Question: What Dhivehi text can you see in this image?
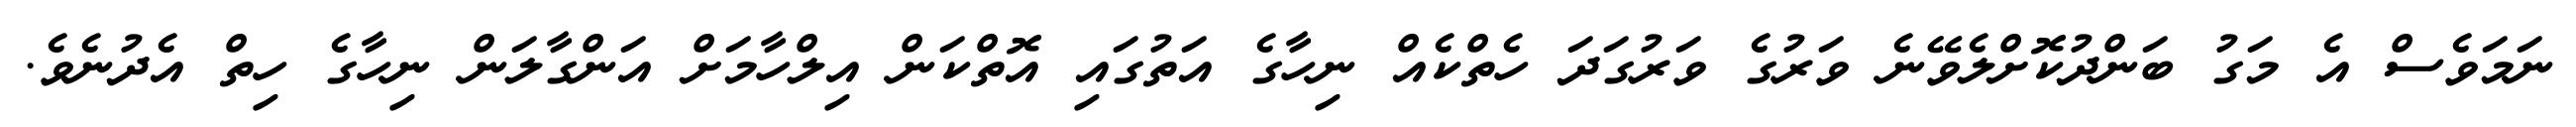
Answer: ނަމަވެސް އެ މަގު ބަންދުކޮށްލެވޭނެ ވަރުގެ ވަރުގަދަ ހެތްކެއް ނިހާގެ އަތުގައި އޮތްކަން އިލްހާމަށް އަންގާލަން ނިހާގެ ހިތް އެދުނެވެ.